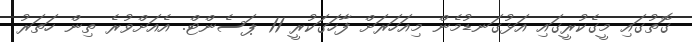
ގޮތުގައި މީގެކުރީގައި އަޅުގަނޑުމެން މިއަހަރަށް ފާހަގަކުރީ 11 ޕަސެންޓް. އެއަށްވުރެ ތިން ހަތަރު